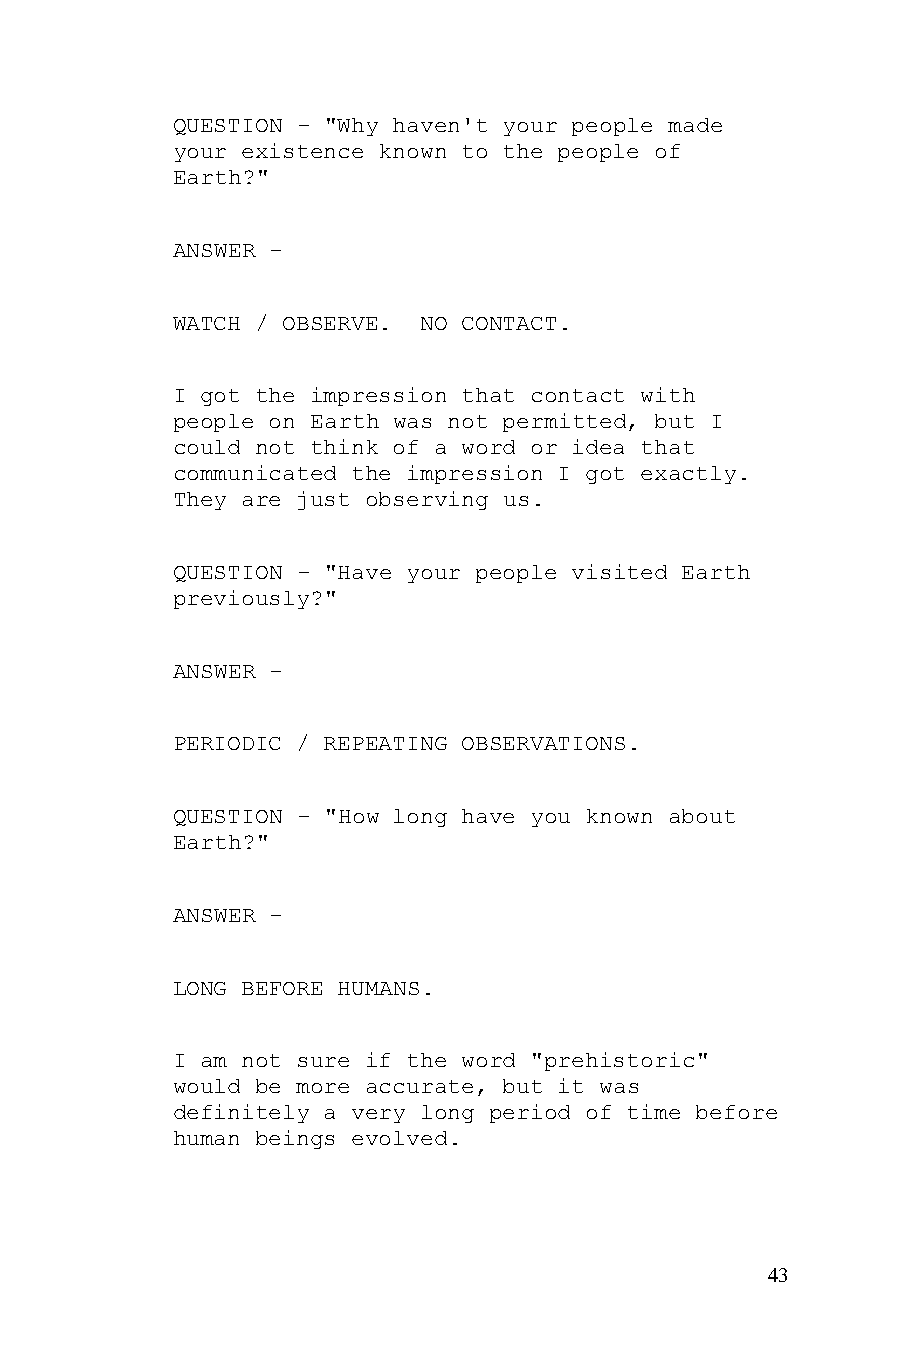
QUESTION - "Why haven't your people made
 your existence known to the people of
 Earth?"
 ANSWER -
 WATCH / OBSERVE. NO CONTACT.
 I got the impression that contact with
 people on Earth was not permitted, but I
 could not think of a word or idea that
 communicated the impression I got exactly.
 They are just observing us.
 QUESTION - "Have your people visited Earth
 previously?"
 ANSWER -
 PERIODIC / REPEATING OBSERVATIONS.
 QUESTION - "How long have you known about
 Earth?"
 ANSWER -
 LONG BEFORE HUMANS.
 I am not sure if the word "prehistoric"
 would be more accurate, but it was
 definitely a very long period of time before
 human beings evolved.
 43